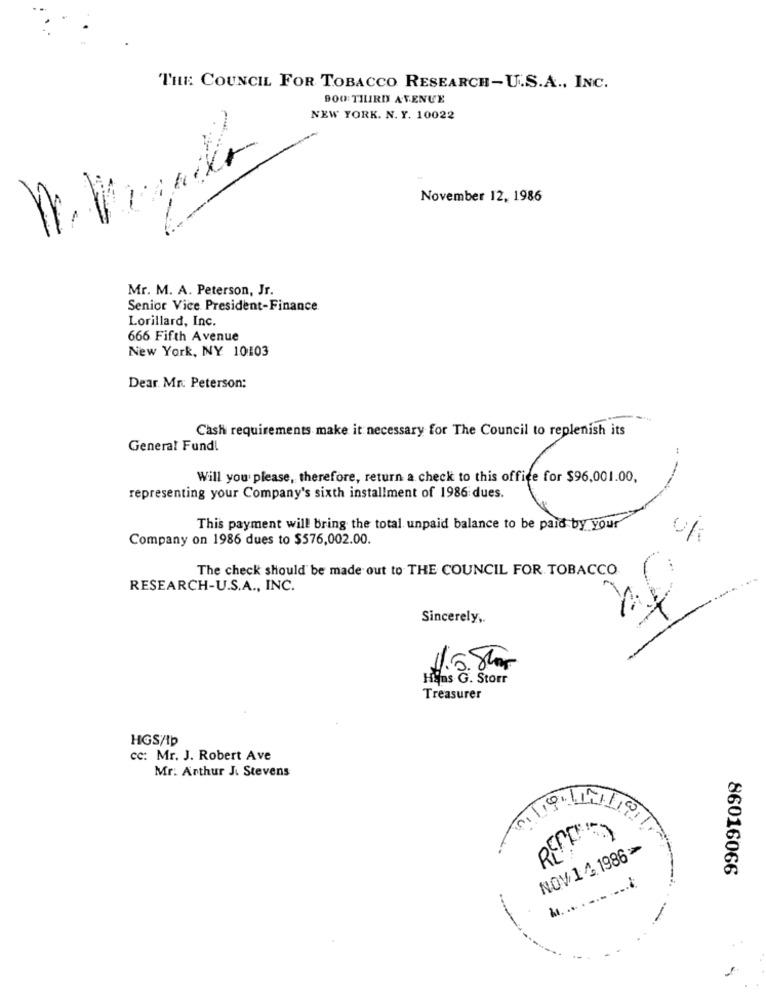
THE COUNCIL FOR TOBACCO RESEARCH-U.S.A ., INC.
9OO THIRD AVENUE
NEW YORK. N. Y. 10022
November 12, 1986
Mr. M. A. Peterson, Jr.
Senior Vice President-Finance.
Lorillard, Inc.
666 Fifth Avenue
New York, NY 10103
Dear Mr. Peterson;
Cash requirements make it necessary for The Council to replenish its
General Fund!
Will you please, therefore, return a check to this office for $96,001.00,
representing your Company's sixth installment of 1986 dues.
This payment will bring the total unpaid balance to be paid by your
Company on 1986 dues to $576,002.00.
The check should be made out to THE COUNCIL FOR TOBACCO
RESEARCH-U.S.A ., INC.
Sincerely ,.
1.5. Stor
Hans G. Storr
Treasurer
HGS/Ip
cc: Mr. J. Robert Ave
Mr. Arthur J. Stevens
NOV/ 1 4.1986 >
86016066